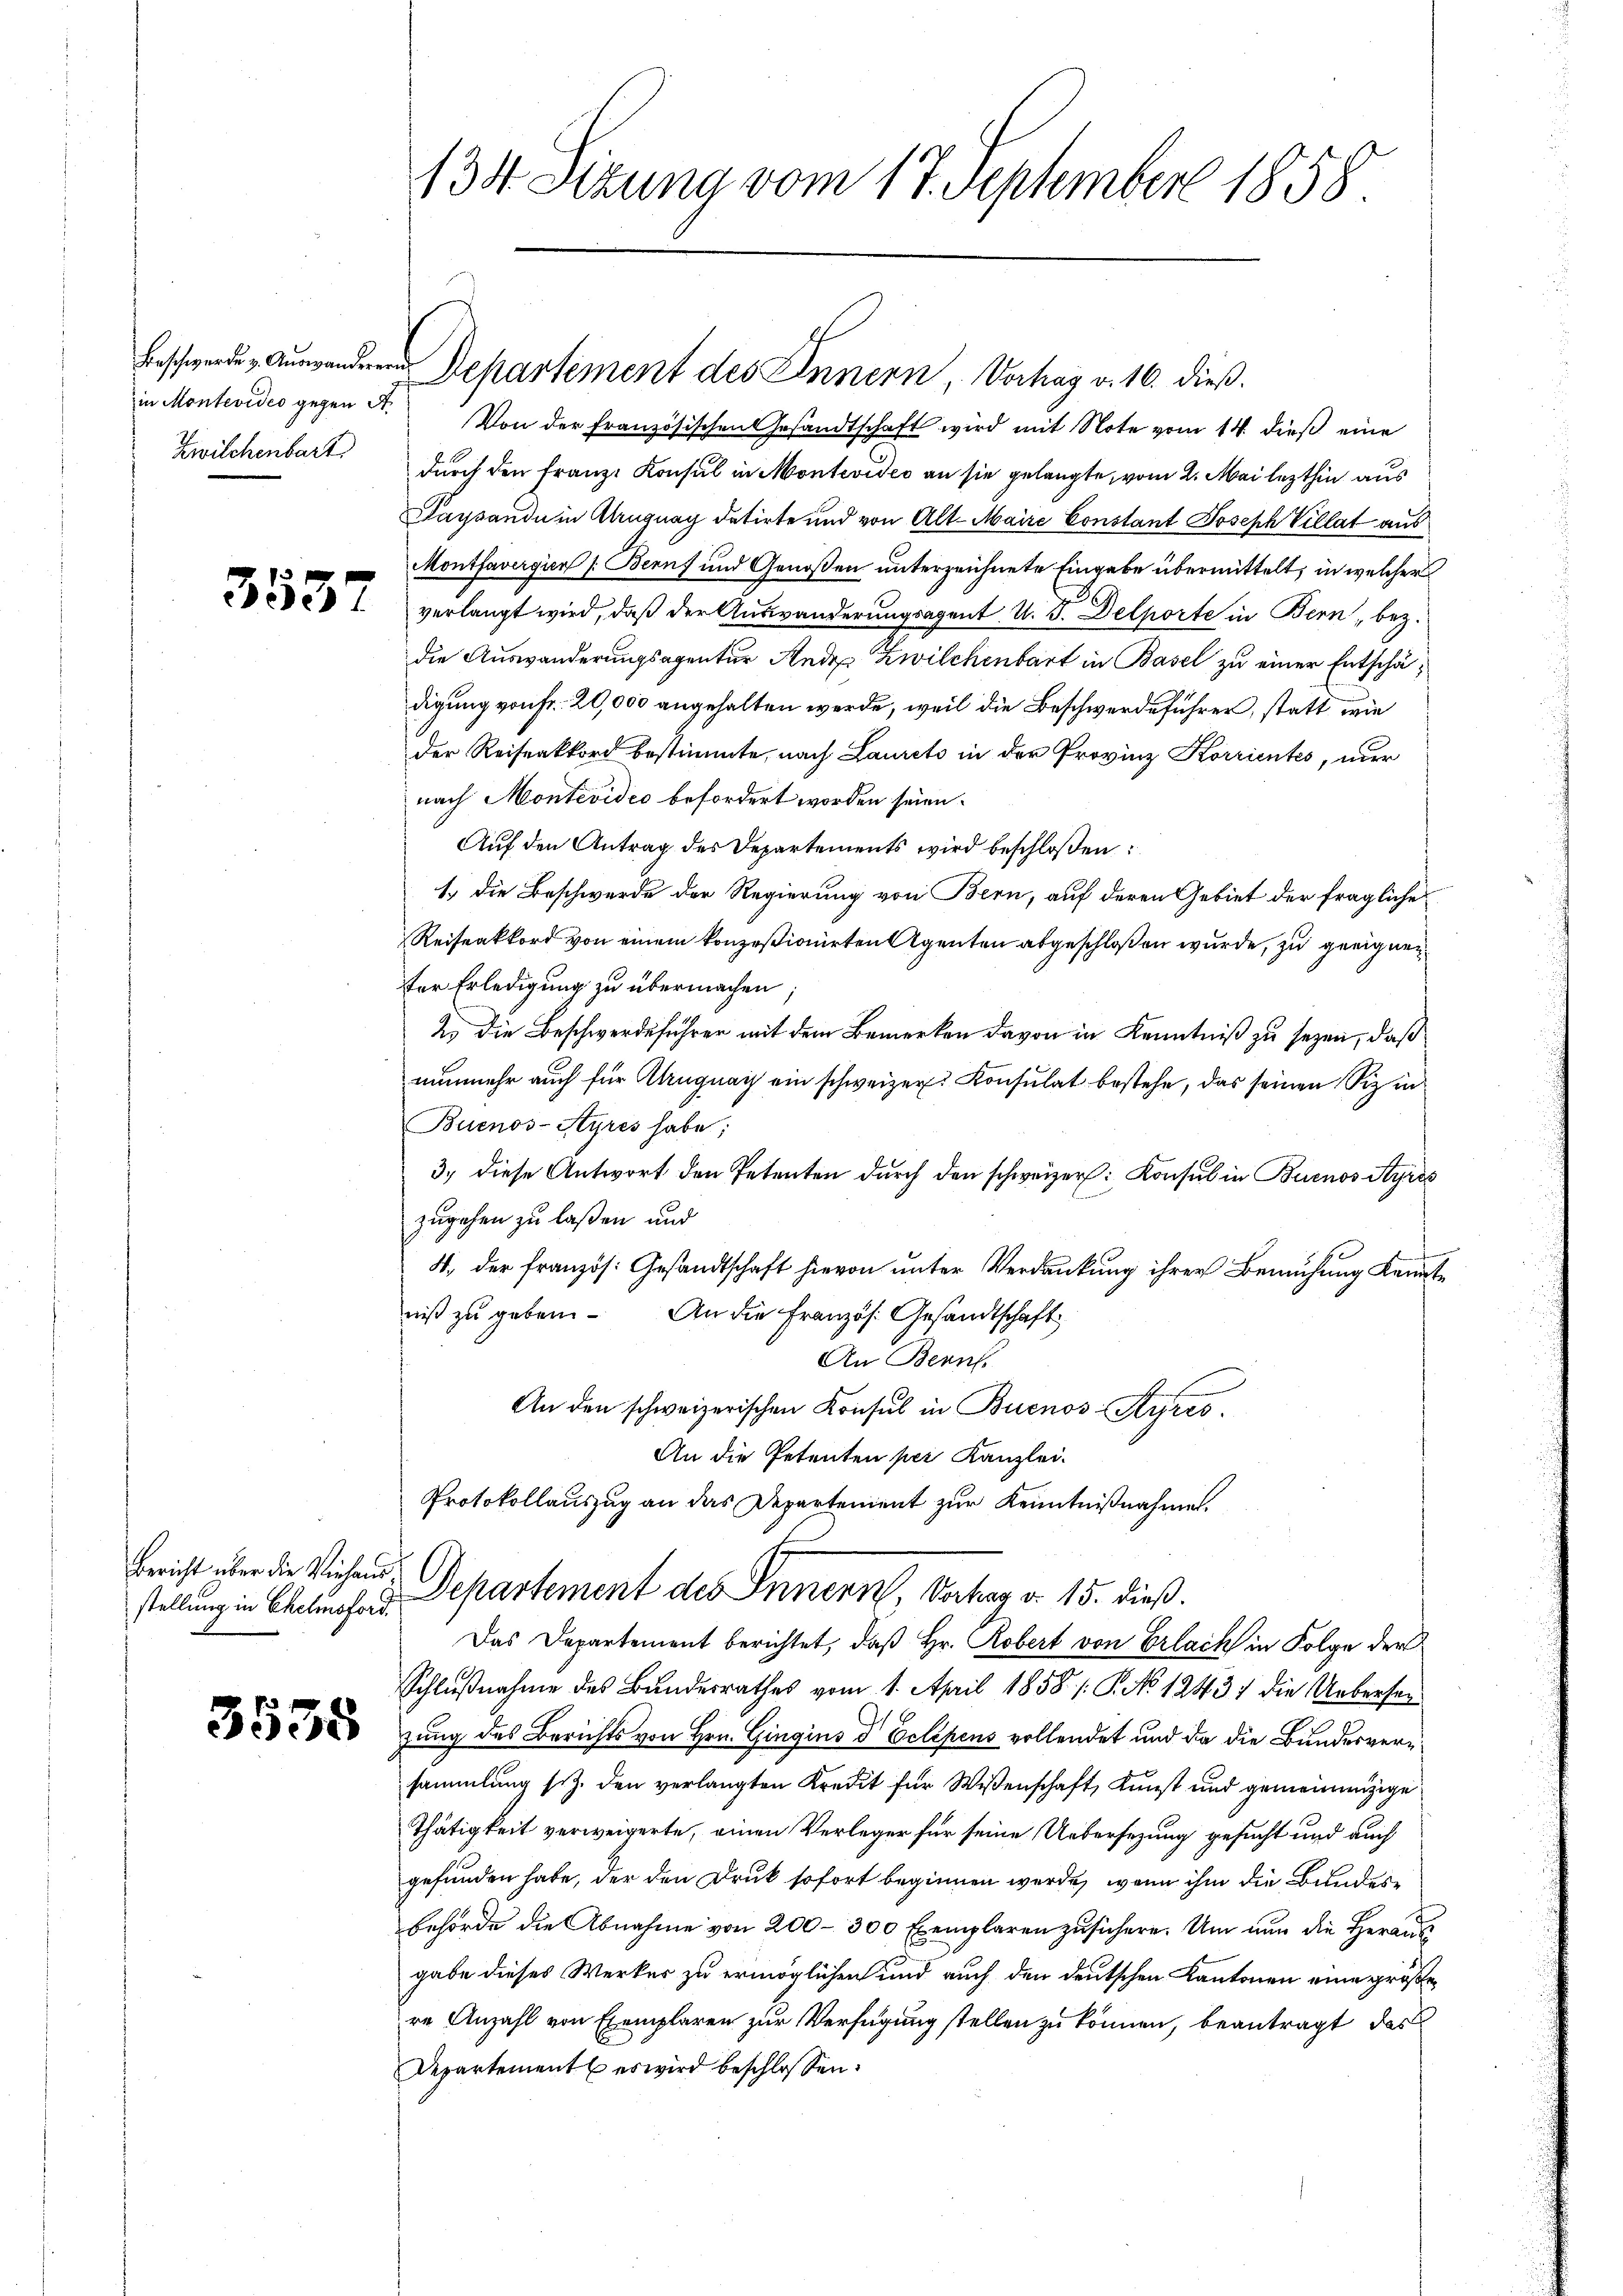
Zwilchenbart

Bericht über die Viehaus¬

3535

134. Sizung vom 17. September 1858.

in Montevidio gegen F. Von der Französischen Gesandtschaft wird mit Note vom 14. dieß eine
durch den Franz. Konsul in Montevideo an sie gelangte, vom 2. Mai lezthin aus
Paysandi in Aluguay datirte und von Alt-Maire Constant Joseph Villat aus
Montfavergien /: Beruf und Genoßen unterzeichnete Eingabe übermittelt, in welcher
1 verlangt wird, daß der Auswanderungsagent v. 5. Delporte in Bern, bez.
die Auswanderungsagentur Ande Zwilchenbart in Basel zu einer Entschädigung von fr. 20,000 angehalten werde, weil die Beschwerdeführer, statt wie
der Reisenkord bestimmte, nach Laurets in der Provinz Korrientes, nur
nach Montevideo befördert worden seien.
Auf den Antrag des Departements wird beschloßen:
1.) Die Beschwerde der Regierung von Bern, auf deren Gebiet der fragliche
Reiseakkord von einem konzesionirten Agenten abgeschloßen wurde, zu geeignen
ter Erledigung zu übermachen,
2.) Die Beschwerdeführer mit dem Bemerken davon in Kenntniß zu seyen, daß
nunmehr auch für Abruguay ein schweizer. Konsulat bestehe, das seinen Sizin¬
Buenos-Ayres habe;
3.) diese Antwort den Petenten durch den schweizer: Konsul in Buenos Ayres
zugehen zu laßen und
4. der französ. Gesandtschaft hievon unter Verdankung ihrer Bemühung Kenntniß zu geben. An die Französ. Gesandtschaft
An Beant
An den schweizerischen Konsul in Buenos-Styris
An die Petenten per Kanzlei.
Protokollauszug an das Departement zur Kenntnißnahmen.

Beschwerden Auswanderen Departement des Innern, Vorhag v. 16. dieß.

Schlußnahme des Bundesrathes vom 1. April 1858 /: P. No 1243; die Uebersanzung des Berichts von Hrn. Gingins d Eclipens vollendet und da die Bundesversammlung sich. den verlangten Kredit für Wissenschaft, Kunst und gemeinenzige
Thätigkeit verweigerte, einen Verleger für seine Uebersezung gesucht und auch
gefunden habe, der den Druck sofort beginnen werde, wenn ihm die Bundesbehörde die Abnahme von 200–300 Exemplaren zusichern. Um nun die Herausgabe dieses Werker zu ermöglichen und auch den deutschen Kantonen eine größere Anzahl von Exemplaren zur Verfügung stellen zu können, beantragt, das
Departement es wird beschlossen:

stellung in Chalupf- u. Departement des Innern, Vortrag v. 15. dieß.
Das Departement berichtet, daß Hr. Robert von Erlack in Folge der